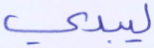
ليبدي